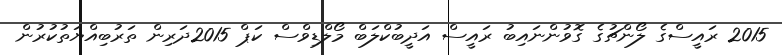
2015 ރައީސްގެ ލޯންޗުގެ ގޮވުންނައިބު ރައީސް އަދީބުކްލަބް މޯލްޑިވްސް ކަޕް 2015ދަރިން ތަރުބިއްޔަތުކުރުން